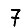
Digit: 7